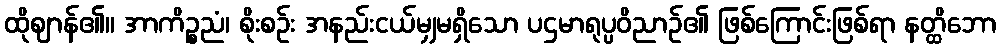
ထိုဈာန်၏။ အာကိဉ္စညံ၊ စိုးစဉ်း အနည်းငယ်မျှမရှိသော ပဌမာရုပ္ပဝိညာဉ်၏ ဖြစ်ကြောင်းဖြစ်ရာ နတ္ထိဘော